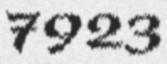
7923